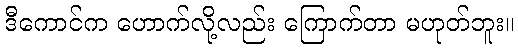
ဒီကောင်က ဟောက်လို့လည်း ကြောက်တာ မဟုတ်ဘူး။